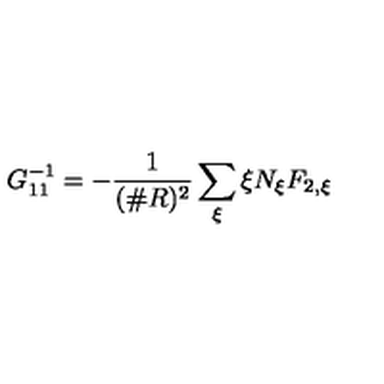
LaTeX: G _ { 1 1 } ^ { - 1 } = - \frac { 1 } { ( \# R ) ^ { 2 } } \sum _ { \xi } \xi N _ { \xi } F _ { 2 , \xi }